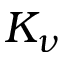
K _ { \nu }